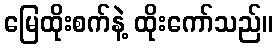
မြေထိုးစက်နဲ့ ထိုးကော်သည်။